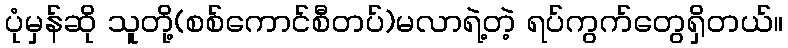
ပုံမှန်ဆို သူတို့(စစ်ကောင်စီတပ်)မလာရဲ့တဲ့ ရပ်ကွက်တွေရှိတယ်။